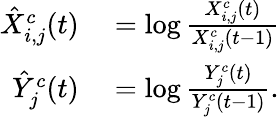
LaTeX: \begin{array}{rl}{\hat{X}_{i,j}^{c}(t)}&{{}=\log\frac{X_{i,j}^{c}(t)}{X_{i,j}^{c}(t-1)}}\\ {\hat{Y}_{j}^{c}(t)}&{{}=\log\frac{Y_{j}^{c}(t)}{Y_{j}^{c}(t-1)}.}\end{array}